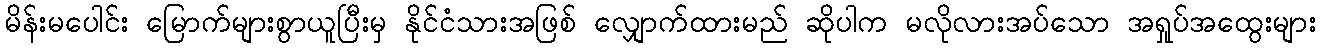
မိန်းမပေါင်း မြောက်များစွာယူပြီးမှ နိုင်ငံသားအဖြစ် လျှောက်ထားမည် ဆိုပါက မလိုလားအပ်သော အရှုပ်အထွေးများ